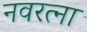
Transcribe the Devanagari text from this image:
नवरत्ना